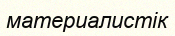
материалистік